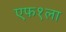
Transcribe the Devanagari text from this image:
एफ१ला